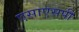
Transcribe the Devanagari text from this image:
एसाएसपी